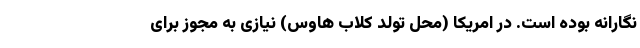
نگارانه بوده است. در امریکا (محل تولد کلاب هاوس) نیازی به مجوز برای